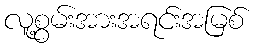
လူ့စွမ်းအားအရင်းအမြစ်